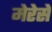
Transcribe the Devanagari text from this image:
मेरेसे